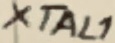
Text: XTAL1